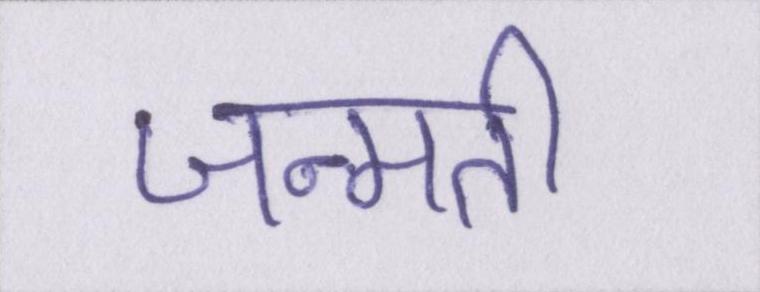
जन्मती